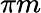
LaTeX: \pi m